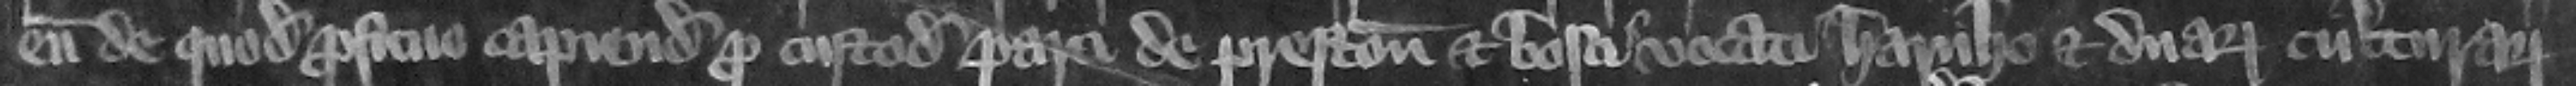
eum de quodam proficuo capiendo pro custodia parci de Preston et bosci vocati Harnho et duarum culturarum